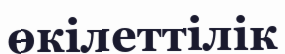
өкілеттілік